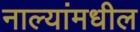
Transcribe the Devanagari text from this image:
नाल्यांमधील